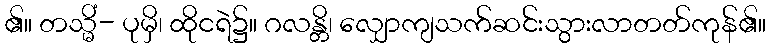
၏။ တသ္မိံ- ပုမှိ၊ ထိုငရဲ၌။ ဂလန္တိ၊ လျှောကျသက်ဆင်းသွားလာတတ်ကုန်၏။